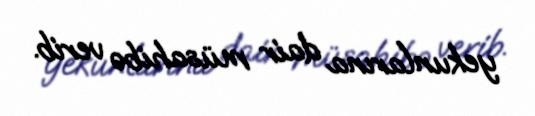
yekunlarına dair müsahibə verib.